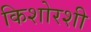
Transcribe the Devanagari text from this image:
किशोरशी